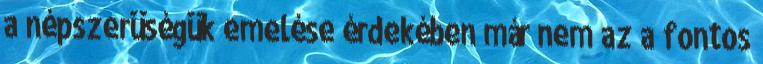
a népszerüségük emelése érdekében már nem az a fontos